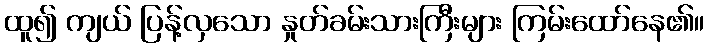
ထူ၍ ကျယ် ပြန့်လှသော နှုတ်ခမ်းသားကြီးများ ကြမ်းထော်နေ၏။